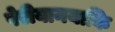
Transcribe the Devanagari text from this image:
पेरीयानयाकि